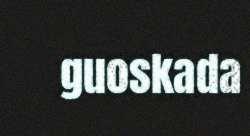
guoskada